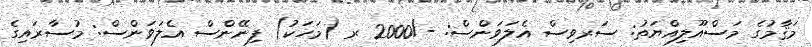
މަޤާމުގެ މަސްއޫލިއްޔަތު: ސަރވިސް އެލަވަންސް: -/2000 ރ (މަހަކު) ފިނޭންސް އެލަވަންސް: މުސާރައިގެ